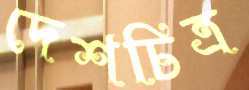
দেশচিত্র